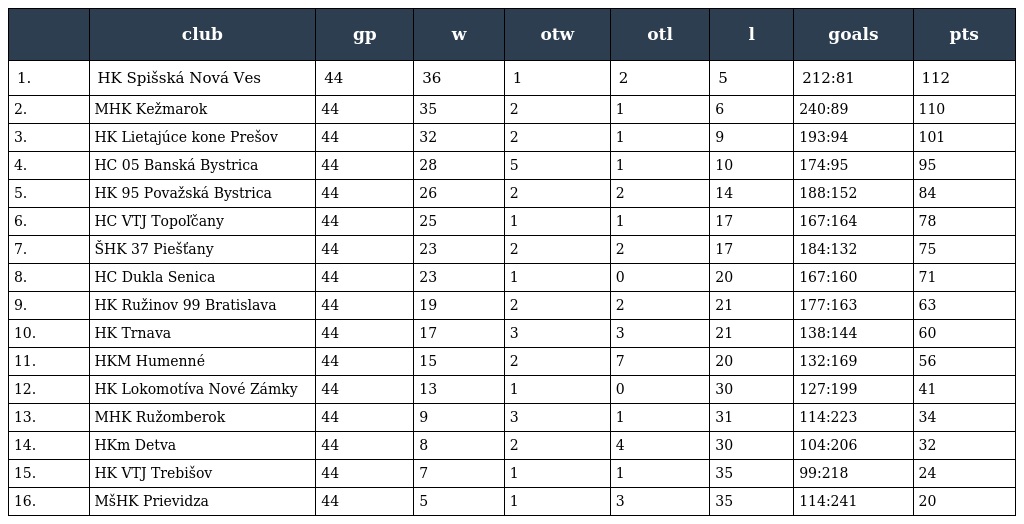
|  | club | gp | w | otw | otl | l | goals | pts |
 | --- | --- | --- | --- | --- | --- | --- | --- | --- |
 | 1. | HK Spišská Nová Ves | 44 | 36 | 1 | 2 | 5 | 212:81 | 112 |
 | 2. | MHK Kežmarok | 44 | 35 | 2 | 1 | 6 | 240:89 | 110 |
 | 3. | HK Lietajúce kone Prešov | 44 | 32 | 2 | 1 | 9 | 193:94 | 101 |
 | 4. | HC 05 Banská Bystrica | 44 | 28 | 5 | 1 | 10 | 174:95 | 95 |
 | 5. | HK 95 Považská Bystrica | 44 | 26 | 2 | 2 | 14 | 188:152 | 84 |
 | 6. | HC VTJ Topoľčany | 44 | 25 | 1 | 1 | 17 | 167:164 | 78 |
 | 7. | ŠHK 37 Piešťany | 44 | 23 | 2 | 2 | 17 | 184:132 | 75 |
 | 8. | HC Dukla Senica | 44 | 23 | 1 | 0 | 20 | 167:160 | 71 |
 | 9. | HK Ružinov 99 Bratislava | 44 | 19 | 2 | 2 | 21 | 177:163 | 63 |
 | 10. | HK Trnava | 44 | 17 | 3 | 3 | 21 | 138:144 | 60 |
 | 11. | HKM Humenné | 44 | 15 | 2 | 7 | 20 | 132:169 | 56 |
 | 12. | HK Lokomotíva Nové Zámky | 44 | 13 | 1 | 0 | 30 | 127:199 | 41 |
 | 13. | MHK Ružomberok | 44 | 9 | 3 | 1 | 31 | 114:223 | 34 |
 | 14. | HKm Detva | 44 | 8 | 2 | 4 | 30 | 104:206 | 32 |
 | 15. | HK VTJ Trebišov | 44 | 7 | 1 | 1 | 35 | 99:218 | 24 |
 | 16. | MšHK Prievidza | 44 | 5 | 1 | 3 | 35 | 114:241 | 20 |